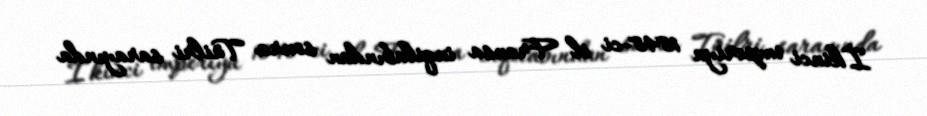
İkinci imperiya 1848-ci il Fransa inqilabından sonra Tüilri sarayında